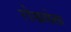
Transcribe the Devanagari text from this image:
रोखलेला